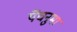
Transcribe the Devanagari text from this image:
पेंचनुमा